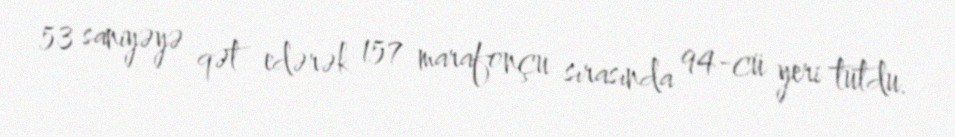
53 saniyəyə qət edərək 157 marafonçu sırasında 94-cü yeri tutdu.